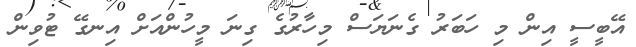
އޭބީސީ އިން މި ހަބަރު ގެނަޔަސް މިހާރުގެ ގިނަ މީހުންއަށް އިނގޭ ޓުވިން